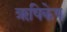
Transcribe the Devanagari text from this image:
ॠषिकेष